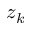
z _ { k }